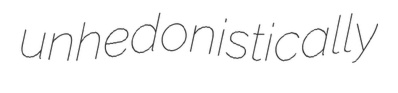
unhedonistically